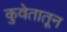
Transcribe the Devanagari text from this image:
कुवेतातून